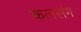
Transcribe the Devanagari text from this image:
कलसंग